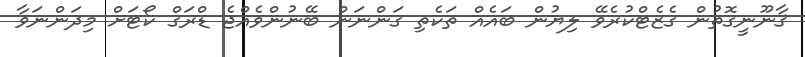
ޤާނޫނީގޮތުން ގެޒެޓްކުރެވޭ ލިޔުން ބައެއް ތަކެތި ގަންނަން ބޭނުންވެއްޖެ ޑްރަގް ކޯޓަށް މިދަންނަވާ